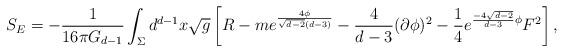
LaTeX: \begin{align*}S_{E} = - \frac{1}{16\pi G_{d-1}} \int_{\Sigma} d^{d-1}x \sqrt{g} \left[ R -m e^{\frac{4\phi}{\sqrt{d-2}(d-3)}} - \frac{4}{d-3}(\partial\phi)^2 - \frac{1}{4}e^{\frac{-4\sqrt{d-2}}{d-3} \phi}F^2 \right],\end{align*}